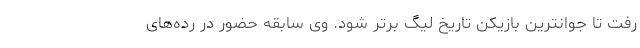
رفت تا جوانترین بازیکن تاریخ لیگ برتر شود. وی سابقه حضور در رده‌های